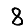
Digit: 8